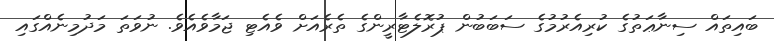
ބައިތައް ސިނާޢަތުގެ ކުރިއެރުމުގެ ސަބަބުން ޕުރޮލެޓާރީންގެ ތެރެއަށް ވެއެޓި ޖަމާވެއެވެ. ނުވަތަ މަދުމިނެއްގައި